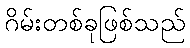
ဂိမ်းတစ်ခုဖြစ်သည်